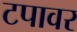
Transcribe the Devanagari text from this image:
टपावर